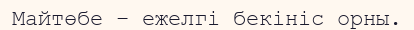
Майтөбе – ежелгі бекініс орны.